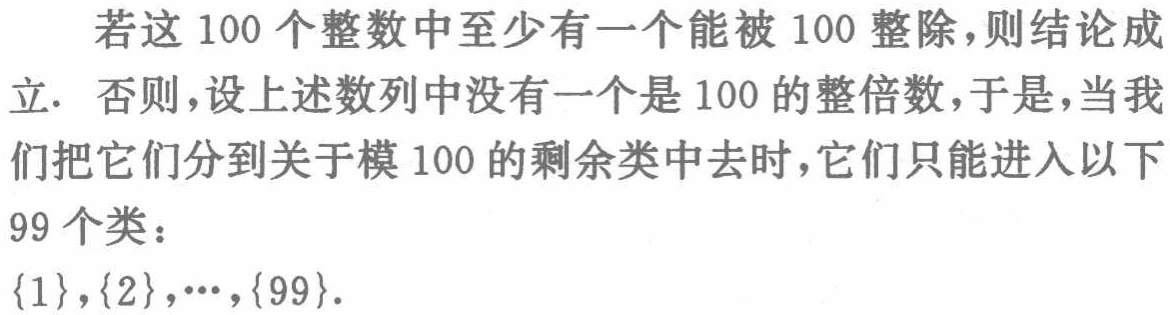
若这 100 个整数中至少有一个能被 100 整除，则结论成立. 否则，设上述数列中没有一个是 100 的整倍数，于是，当我们把它们分到关于模 100 的剩余类中去时，它们只能进入以下 99 个类：

\(\{1\},\{2\},\cdots,\{99\}\).